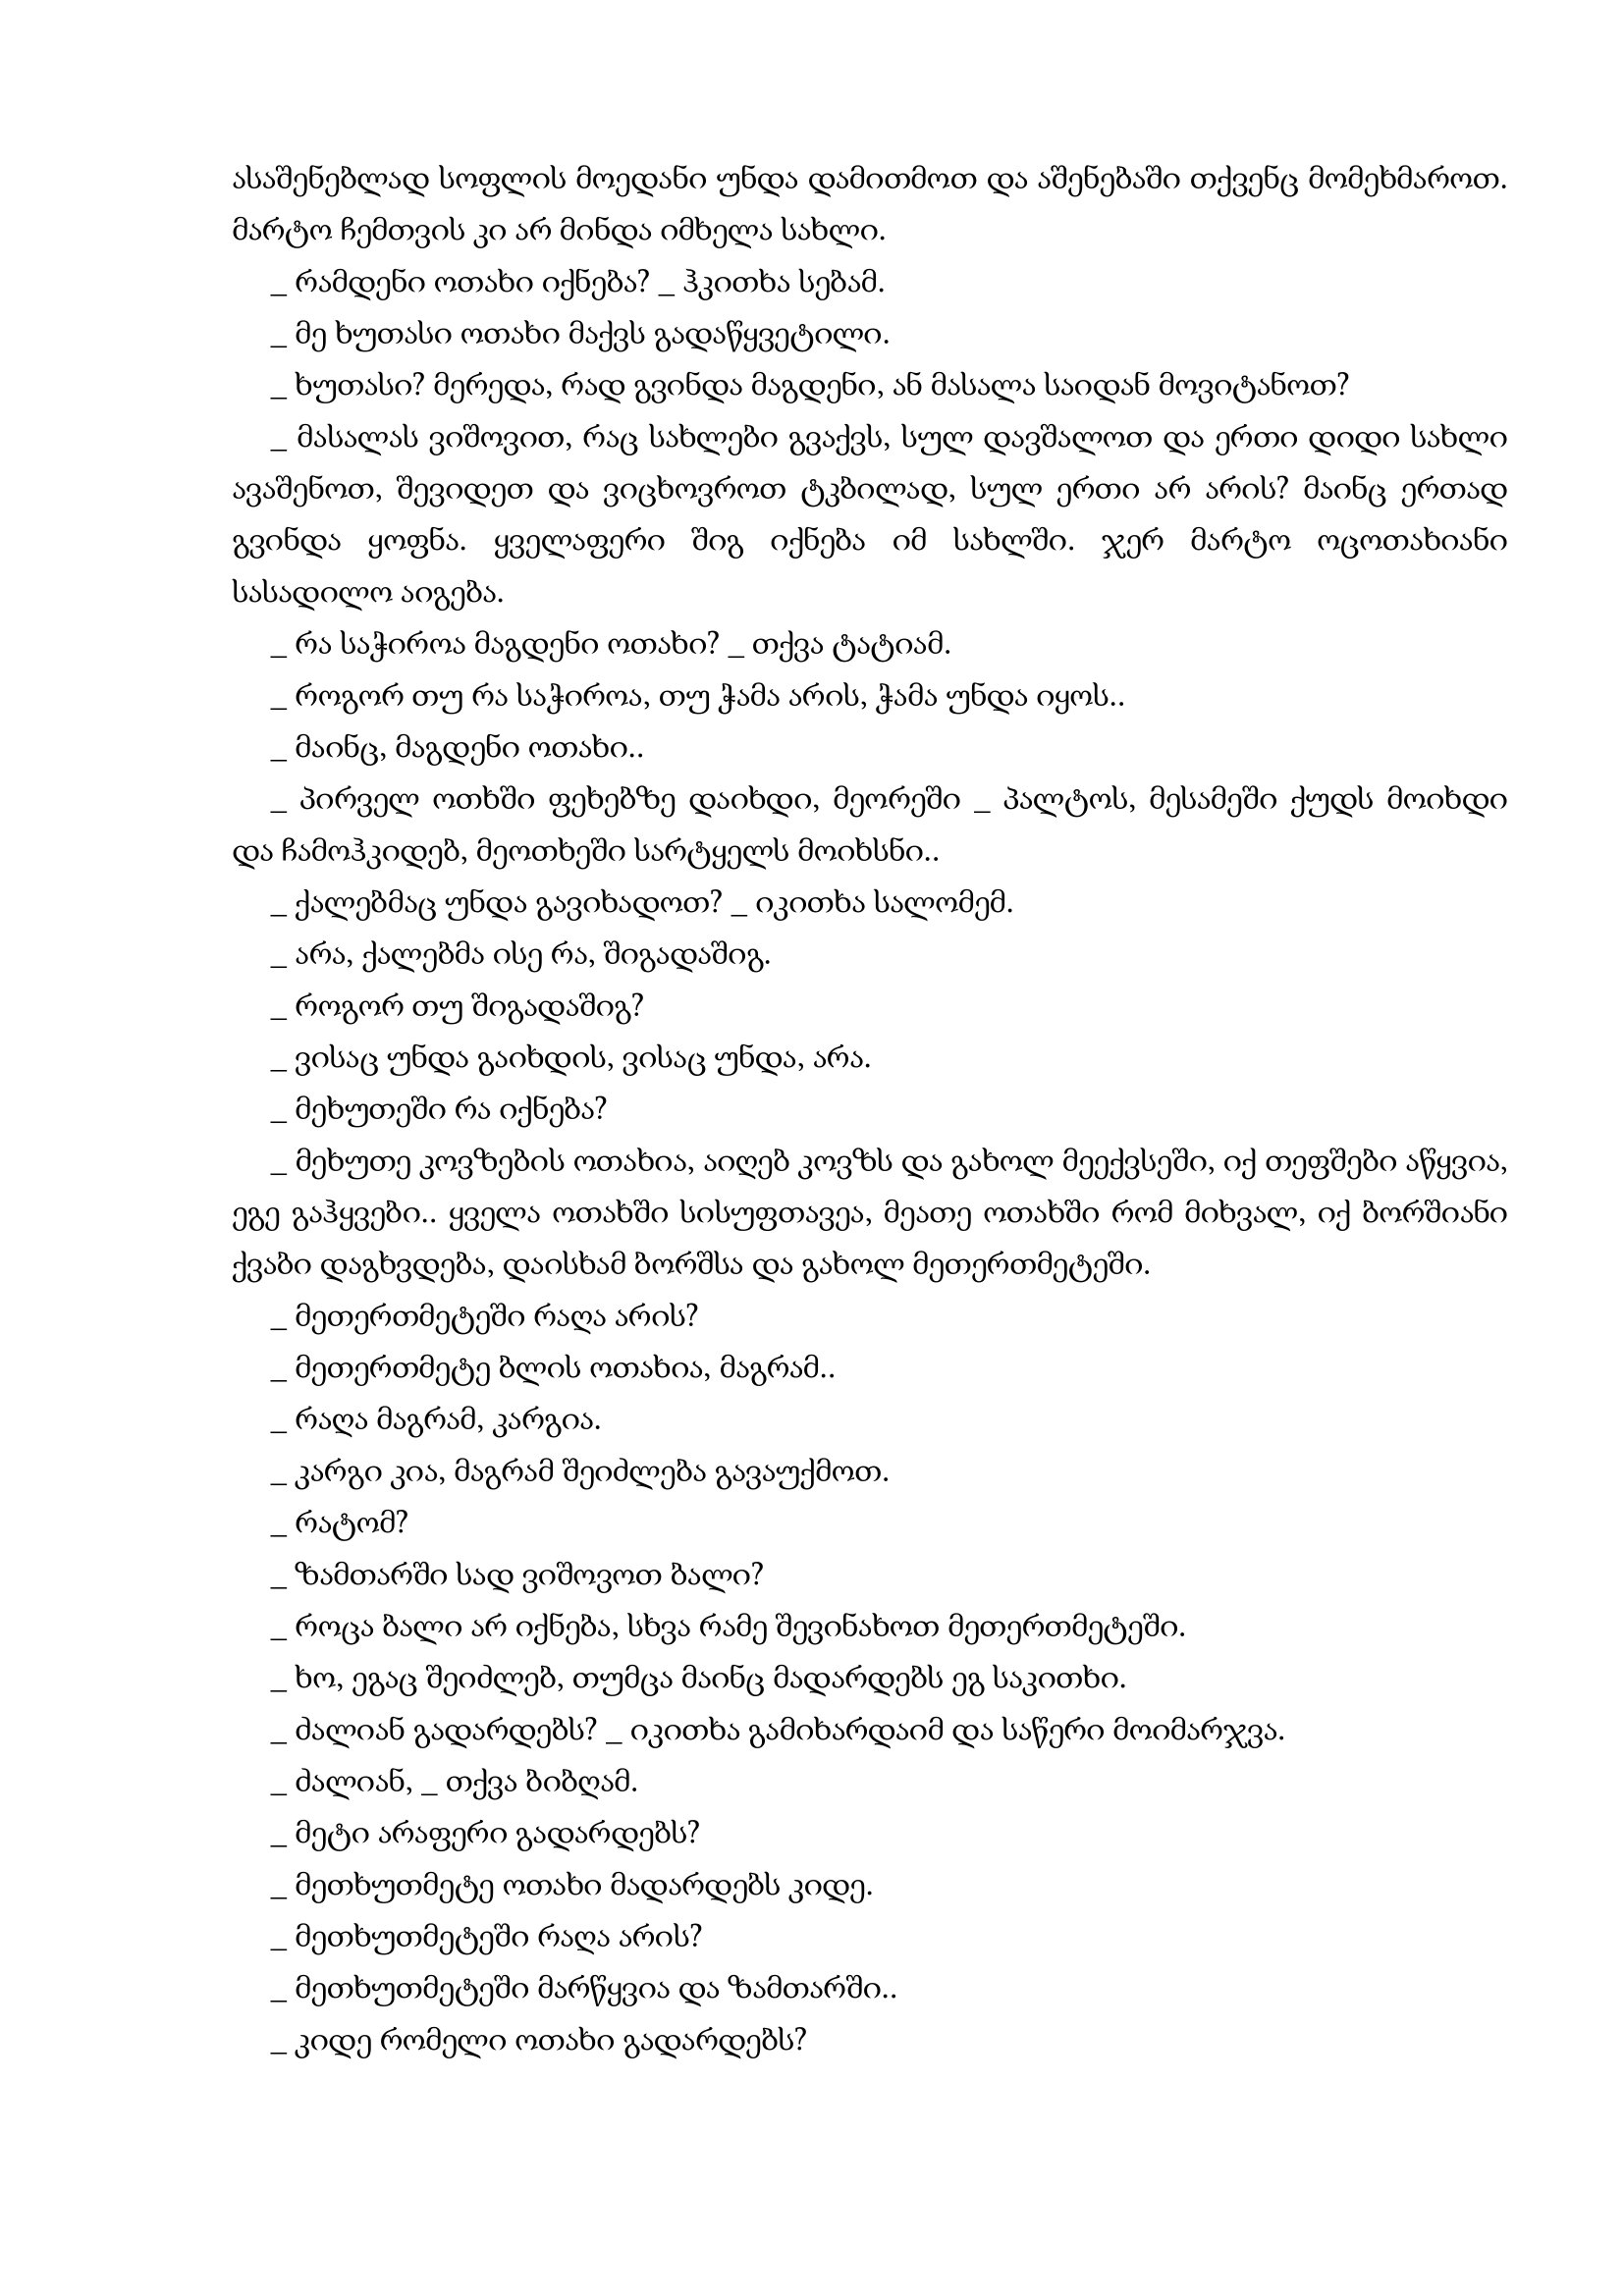
Language: gr